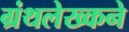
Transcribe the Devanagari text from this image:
ग्रंथलेख्कने